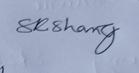
Signature authenticity: genuine